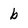
Character: b